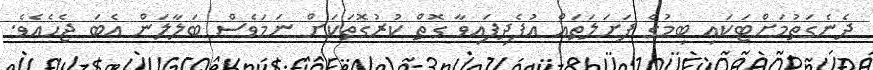
ދެނެގަތުމަށްޓަކައި ބިމުގެ ފަށަލަތައް އުފެދިފައިވާ ގޮތް ކުރުގޮތަކަށް ނަމަވެސް ބަލާލަން އެބަ ޖެހެއެވެ.